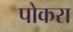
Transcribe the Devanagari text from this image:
पोकरा